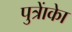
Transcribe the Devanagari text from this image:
पुत्राेंकाे